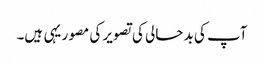
آپ کی بد حالی کی تصویر کی مصور یہی ہیں۔